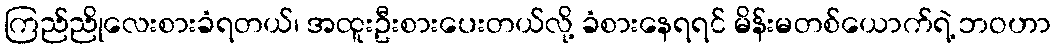
ကြည်ညိုလေးစားခံရတယ်၊ အထူးဦးစားပေးတယ်လို့ ခံစားနေရရင် မိန်းမတစ်ယောက်ရဲ့ ဘဝဟာ